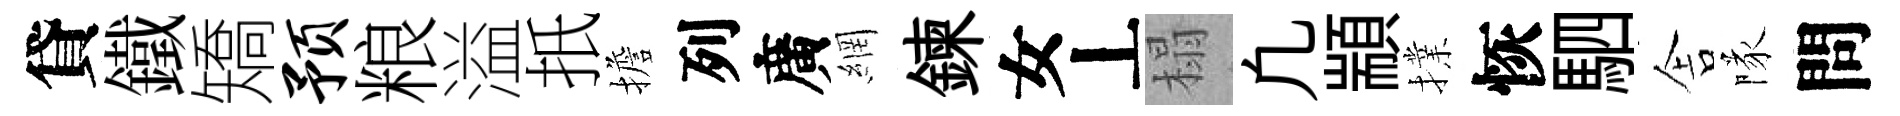
貸鐵矯预粮溢扺擔列廣網鍊女丄榻凢顓擈恢駟舎隊問